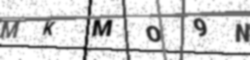
Text: MKMO9N